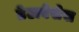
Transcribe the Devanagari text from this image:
डेटाबेसेस